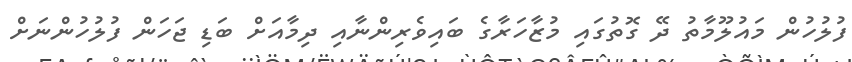
ފުލުހުން މައުލޫމާތު ދޭ ގޮތުގައި މުޒާހަރާގެ ބައިވެރިންނާއި ދިމާއަށް ބަޑި ޖަހަން ފުލުހުންނަށް